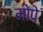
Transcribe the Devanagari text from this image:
मोपे